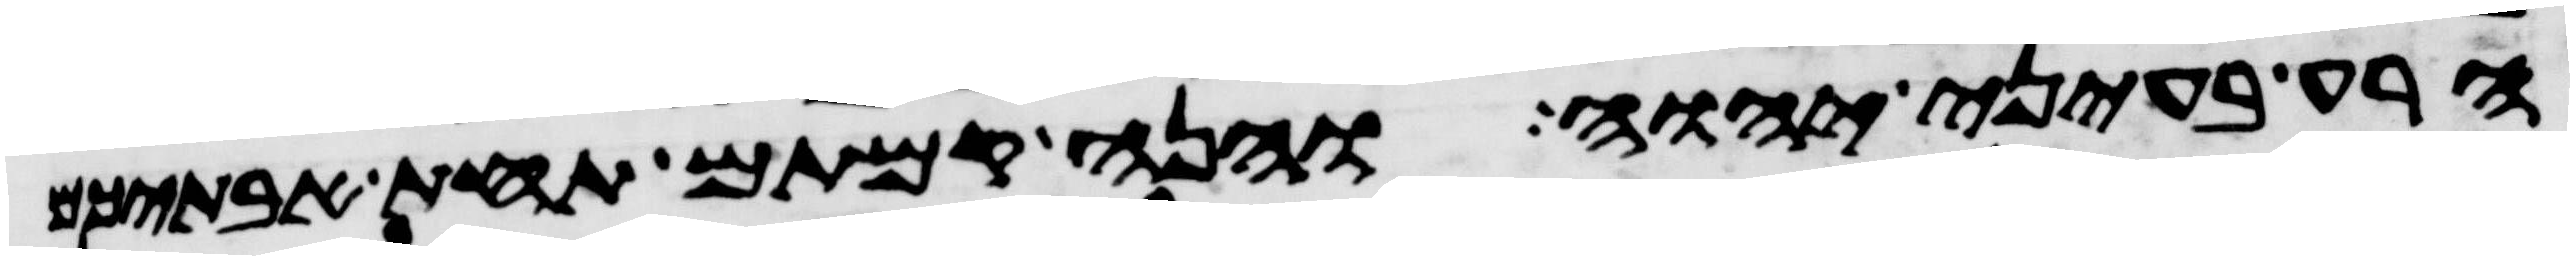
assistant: הרע בעיני יהוה והנה קמתם תחת אבתיכם